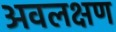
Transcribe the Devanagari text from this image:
अवलक्षण